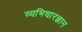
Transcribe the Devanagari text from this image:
व्यभिचारज्ञान